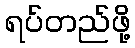
ရပ်တည်ဖို့